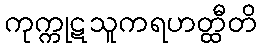
ကုက္ကုဋသူကရဟတ္ထီတိ